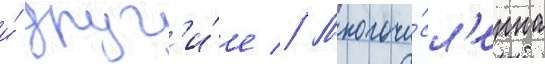
и́ друг'и́е // Многочи́сл'енна